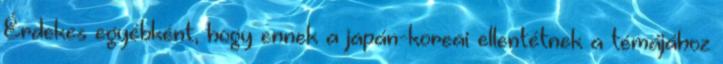
Érdekes egyébként, hogy ennek a japán-koreai ellentétnek a témájához